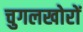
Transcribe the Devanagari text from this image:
चुगलखोरों